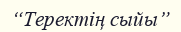
“Теректің сыйы”